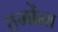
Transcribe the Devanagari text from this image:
हमोंना